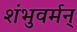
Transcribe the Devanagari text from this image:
शंभुवर्मन्